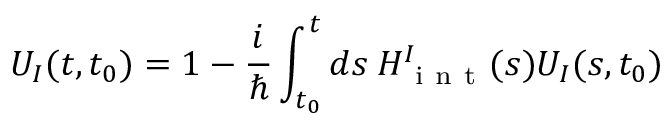
U _ { I } ( t , t _ { 0 } ) = 1 - \frac { i } { \hbar } \int _ { t _ { 0 } } ^ { t } d s \: H _ { \mathrm { ~ i ~ n ~ t ~ } } ^ { I } ( s ) U _ { I } ( s , t _ { 0 } )